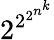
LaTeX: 2^{2^{2^{n^{k}}}}